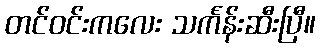
တင်ဝင်းကလေး သင်္ကန်းဆီးပြီ။